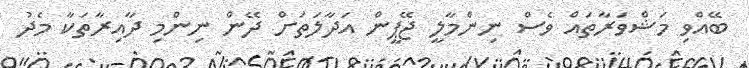
ބޭއްވި މަޝްވަރާތައް ވެސް ނިންމާލީ ޖޭޕީން އަދާލަތަށް ދޭން ނިންމި ދާއިރާތަކާ މެދު